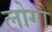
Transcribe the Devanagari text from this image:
लोगौं